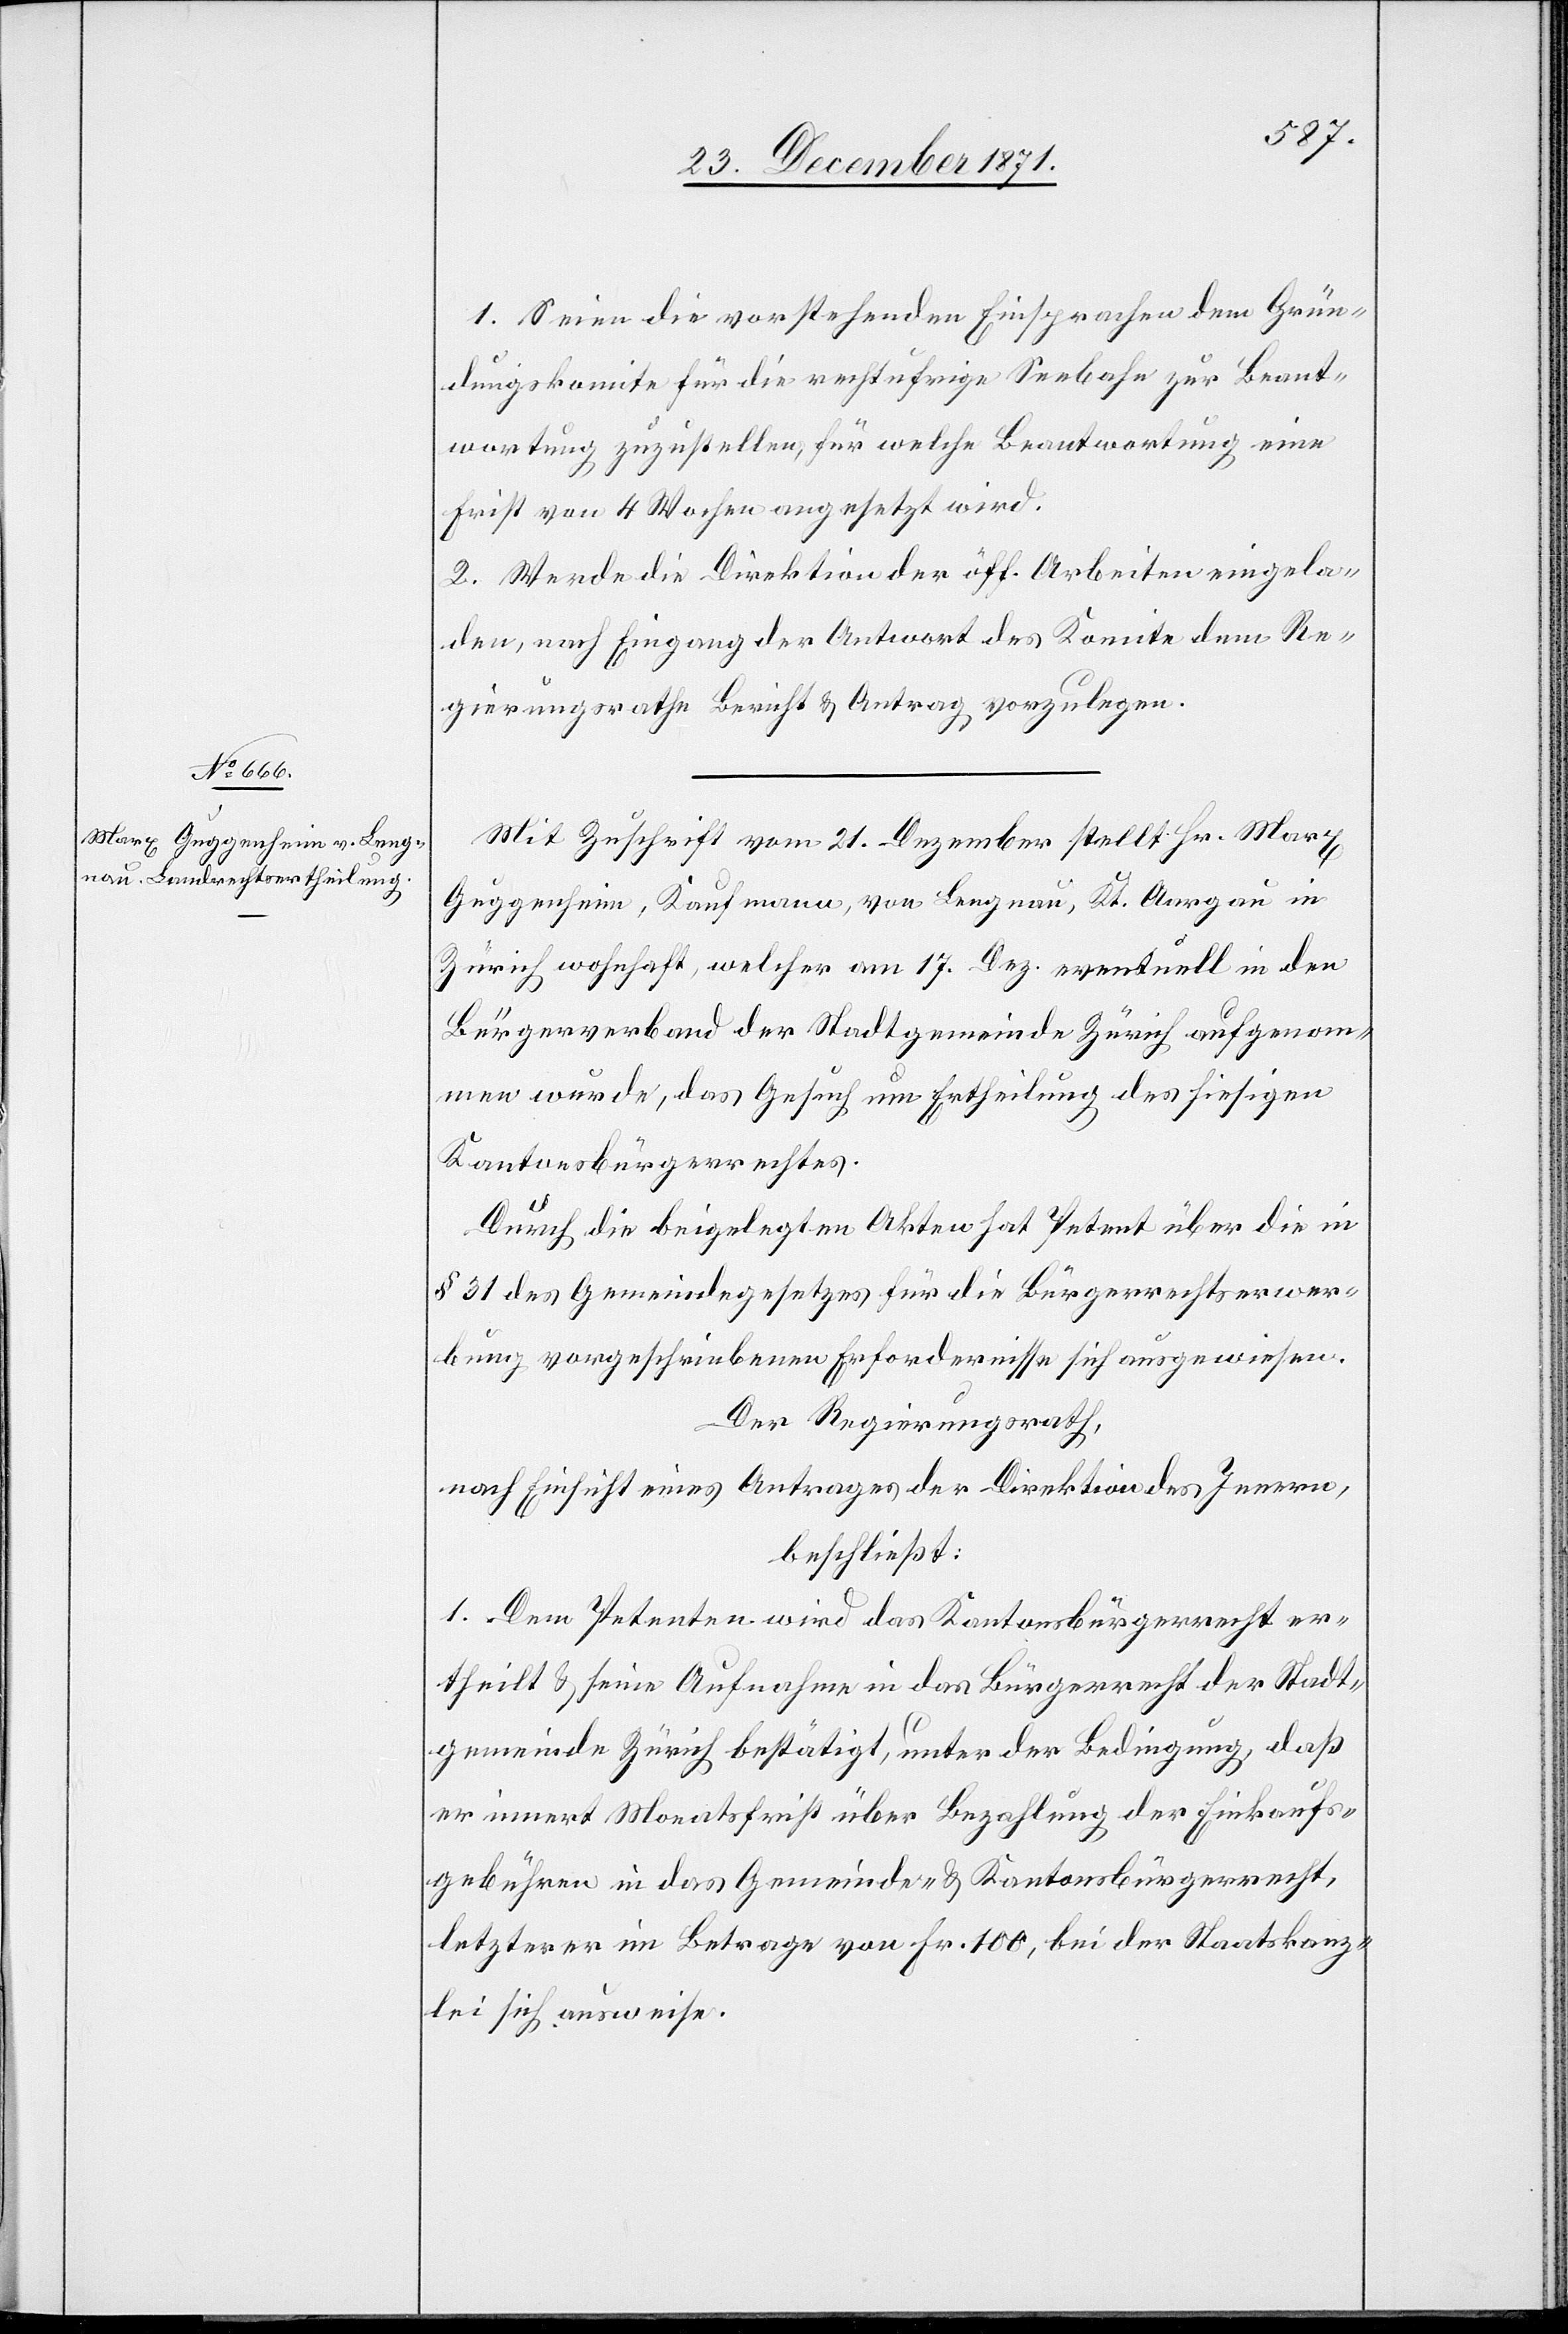
1. Seien die vorstehenden Einsprachen dem Grün¬
dungskomite für die rechtufrige Seebahn zur Beant¬
wortung zuzustellen, für welche Beantwortung eine
Frist von 4 Wochen angesetzt wird.
2. Werde die Direktion der öff. Arbeiten eingela¬
den, nach Eingag der Antwort des Komitee dem Re¬
gierungsrathe Bericht & Antrag vorzulegen.
Mit Zuschrift vom 21. Dezember stellt Hr. Marx
Guggenheim, Kaufmann, von Langnau, Kt. Aargau in
Zürich wohnhaft, welcher am 17. Dez. eventuell in den
Bürgerverband der Stadtgemeinde Zürich aufgenom¬
men wurde, das Gesuch um Ertheilung des hiesigen
Kantonsbürgerrechtes.
Durch die beigelegten Akten hat Petent über die in
§ 31 des Gemeindegesetzes für die Bürgerrechtserwer¬
bung vorgeschriebenen Erfordernisse sich ausgewiesen.
Der Regierungsrath,
nach Einsicht eines Antrages der Direktion des Innern,
beschließt:
1. Dem Petenten wird das Kantonsbürgerrecht er¬
theilt & seine Aufnahme in das Bürgerrecht der Stadt¬
gemeinde Zürich bestätigt, unter der Bedingung, daß
er innert Monatsfrist über Bezahlung der Einkaufs¬
gebühren in das Gemeinde- & Kantonsbürgerrecht,
letzterer im Betrage von Fr. 100, bei der Staatskanz¬
lei sich ausweise.